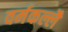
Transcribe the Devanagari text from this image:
वर्मकल्लै